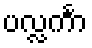
ပလ္လင်္ကာ